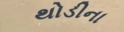
થોડીના